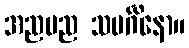
အညမည သမင်္ဂိနော။